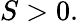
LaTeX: S>0.